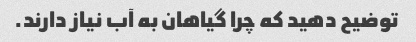
توضیح دهید که چرا گیاهان به آب نیاز دارند.